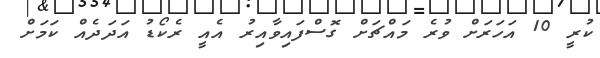
ކުރީ 10 އަހަރަށް ވުރެ މައްޗަށް ގޮސްފައިވާއިރު އެެއީ ރެކޯޑު އަދަދެއް ކަމަށް